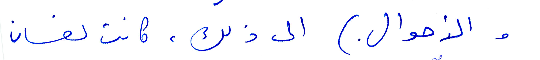
والأحوال) الى ذلك، كانت لغسان